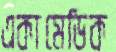
একামেডিক